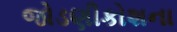
જોડણીકોશના